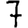
Digit: 7